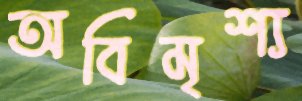
অবিমৃশ্য